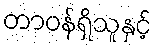
တာဝန်ရှိသူနှင့်